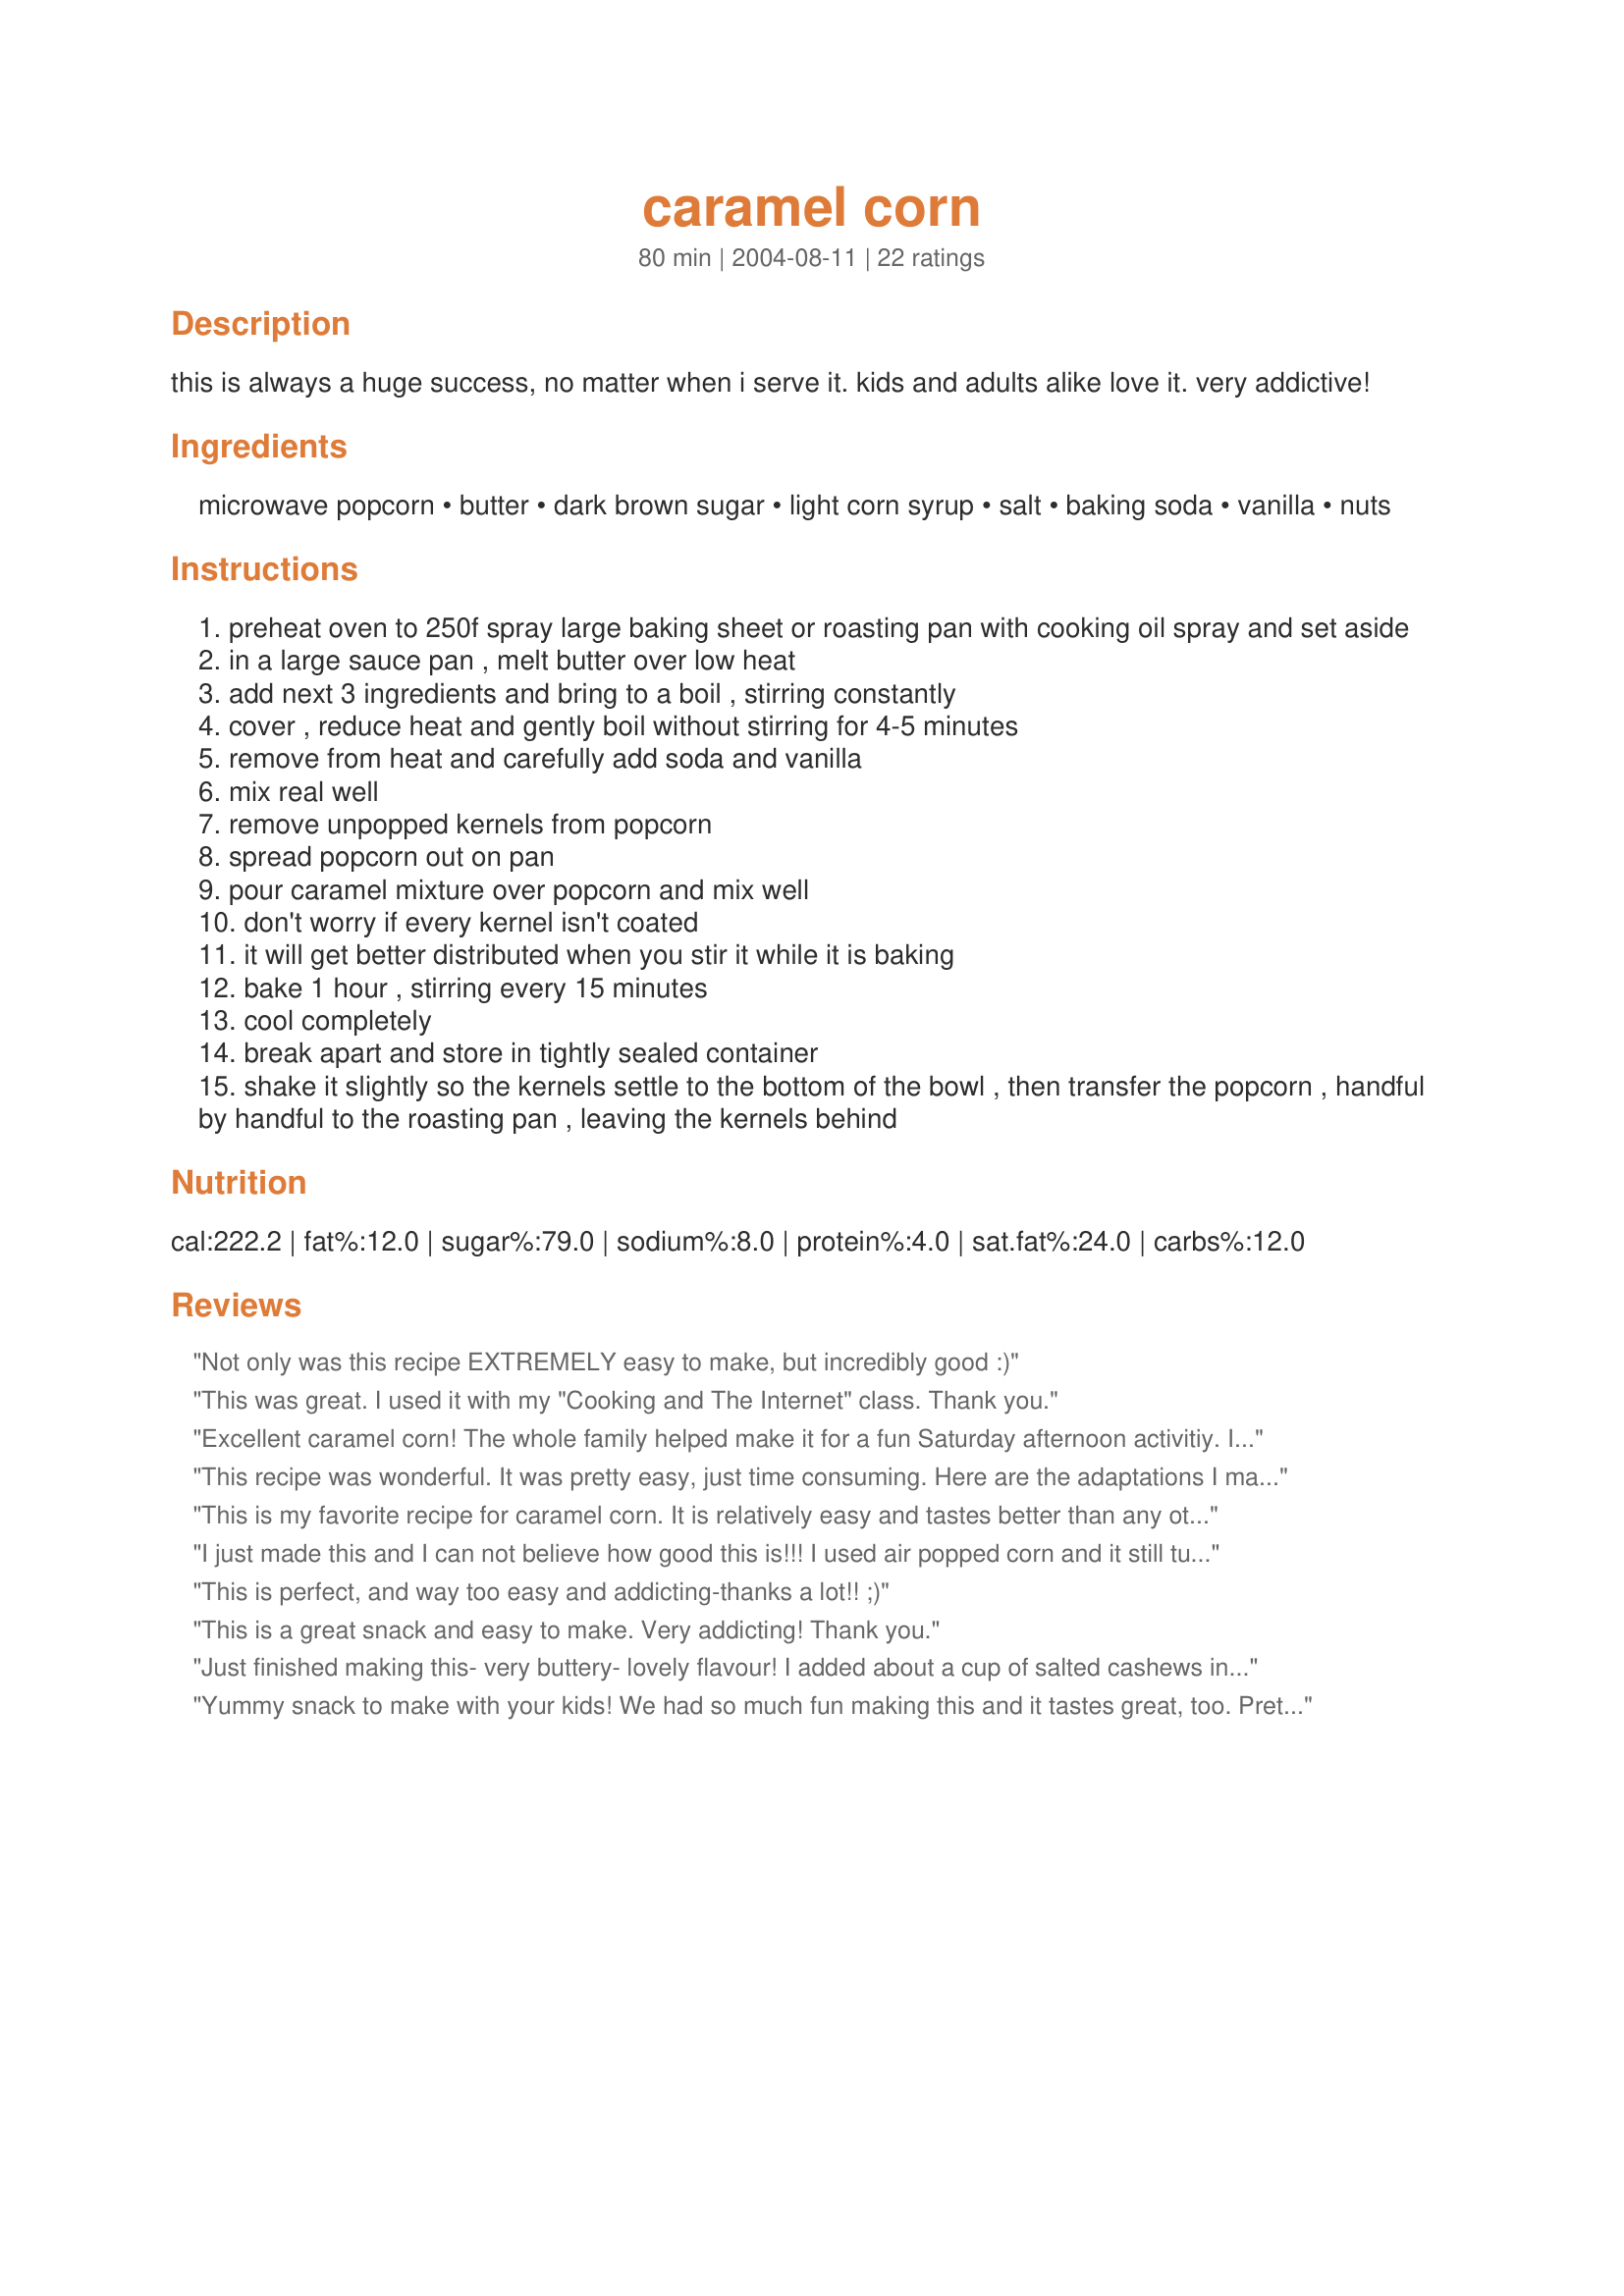
caramel corn
Preparation time: 80 minutes

this is always a huge success, no matter when i serve it. kids and adults alike love it. very addictive!

Ingredients:
microwave popcorn, butter, dark brown sugar, light corn syrup, salt, baking soda, vanilla, nuts

Steps:
preheat oven to 250f spray large baking sheet or roasting pan with cooking oil spray and set aside
in a large sauce pan , melt butter over low heat
add next 3 ingredients and bring to a boil , stirring constantly
cover , reduce heat and gently boil without stirring for 4-5 minutes
remove from heat and carefully add soda and vanilla
mix real well
remove unpopped kernels from popcorn
spread popcorn out on pan
pour caramel mixture over popcorn and mix well
don't worry if every kernel isn't coated
it will get better distributed when you stir it while it is baking
bake 1 hour , stirring every 15 minutes
cool completely
break apart and store in tightly sealed container
shake it slightly so the kernels settle to the bottom of the bowl , then transfer the popcorn , handful by handful to the roasting pan , leaving the kernels behind

Reviews:
Not only was this recipe EXTREMELY easy to make, but incredibly good :)
This was great. I used it with my "Cooking and The Internet" class. Thank you.
Excellent caramel corn! The whole family helped make it for a fun Saturday afternoon activitiy. It filled the entire house with that great caramel corn aroma during baking. We added raisins and cashews to the mix. Although they're yummy, they did not stick to the popcorn, so we had to go digging at the bottom of the bowl for the little caramel-covered gems.
This recipe was wonderful. It was pretty easy, just time consuming. Here are the adaptations I made: I used light brown sugar instead of dark because I didn't have anything else and it tasted perfect. Substitute 1/4 cup light corn syrup for 1/8 cup honey and 1/8 cup water (I didn't have corn syrup). I only cooked the popcorn for 30 minutes, stirring once and it set just fine. If you like really coated caramel corn only do one bag of popcorn, it is so sinfully delicious!
This is my favorite recipe for caramel corn. It is relatively easy and tastes better than any other caramel corn recipe I've tried. I sometimes have problems with other caramel sauces being too lumpy and wet for the popcorn...it doesn't happen with this one. People will ask you for this recipe once they try it!
I just made this and I can not believe how good this is!!! I used air popped corn and it still turned out WONDERFUL!! Thanks for a great recipe! I love the lightness of the caramel w/ the corn, just perfect!
This is perfect, and way too easy and addicting-thanks a lot!! ;)
This is a great snack and easy to make. Very addicting! Thank you.
Just finished making this- very buttery- lovely flavour! I added about a cup of salted cashews in with the popcorn. Now to find a spot to stash this away so it's not all consumed before Christmas :-). Thanks Marg for a great simple recipe.
Yummy snack to make with your kids! We had so much fun making this and it tastes great, too. Pretty easy to do. We made 1 and a 1/2 recipes of the carmel for the 2 bags of popcorn and it was the perfect amount for us. My daughter really loved it- check out the photos I posted of the caramel corn and her eating- I mean inhaling it! Thanks so much for posting this one, Marg!
OMG, this is so good - could not stop eating it, not sure THAT is a good thing, but this recipe is!! Such rich caramel flavor and so much better than those old boxed things which even as a kid I never liked. I had saved this recipe some time ago and yesterday wanted to try something different so pulled this out - why have I waited so long. I&#039;ll be making this a lot from now on. I followed the directions exactly - adding in 1 1/2 cups of mixed nuts - perfection!!
I followed the directions exactly and my popcorn turned out just like the picture. It is delicious. I needed one sheet pan per bag of popped microwave popcorn. I like this caramel corn because the popcorn is lightly coated with the caramel not completely drenched. Thank you for the great recipe.
Could not help myself to taste it half way through the baking process! OMG, it is soooooo yummy! Made half a batch to try it out before putting in goodie bags for my neighbors for Christmas! I am sure it will be a hit! Will update with their reviews and a picture. Thanks for an awesome recipe that is truely a keeper!
Marg! This was a great snack, only problem is there is so much of it and I can't stop eating it! lol! This was the easiest recipe I found and I had all of the ingredients on hand, so definately a winner. Thanks!
Delicious and really very easy. I've made other caramel corn recipes with similar ingredients that involved candy thermometers and a really long boil time - and this one tastes just as good without the hassle. I also liked the depth of flavor that dark brown sugar provided - it has some molasses-y ness about it, which I love. Thank you!
Be careful...this is VERY addicting! This was so easy to make! The only change I made was to use light brown sugar instead of the dark since that's all I had. It came out great. I will definitely be adding this recipe to my Holiday goody baskets this year. I know everyone is going to love it!
The sauce is fine but bag microwave popcorn has oil worse then spray non stick which you also recommend. Parchment paper is perfect and even easier to clean up as there is no clean up. There are microwave poppers which are very safe and easy- old fashioned popcorn made by shaking the pan is not exactly hard either.
Awesome! Nice and crunchy, just the right amount of caramel. Subbed honey for corn syrup, no other changes. This makes a dark caramel corn, similar to, but of course much better than, Cracker Jacks. Would love to try it with light brown sugar as well. Thanks sor sharing the recipe!
This recipe is fantastic, easy to make and tastes great! Whenever we have movie night with the neighbors this is thier first request for a snack. Thanks for sharing!!
OMG! THIS RECIPE IS SOOOO DELICIOUS! Just made this to serve as a snack for our BBQ/Pool party tomorrow, and it is out of this world good! I modified it by adding a 1/4 cup of half & half to the caramel mixture and I also increased the corn syrup to 1/2 cup. The caramel sauce alone is worth making just to use as a topping and or stir in to any recipe that you want caramel sauce in. My kids loved it and so did their cousins. I will definitely be using this one frequently in my kitchen. Thanks for sharing!
Worked great with 1.5 containers of my hot air popper's corn and regular honey substituted for corn syrup (no rating because the recipe was changed).
Yum! I made it for Big Ten Game day-it was gone in minutes! Very crisp and sweet, not salty at all. I followed the directions exactly as stated but next time would only bake for three 15 minute chunks instead of four.
